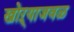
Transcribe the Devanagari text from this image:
खोऱ्याजवळ